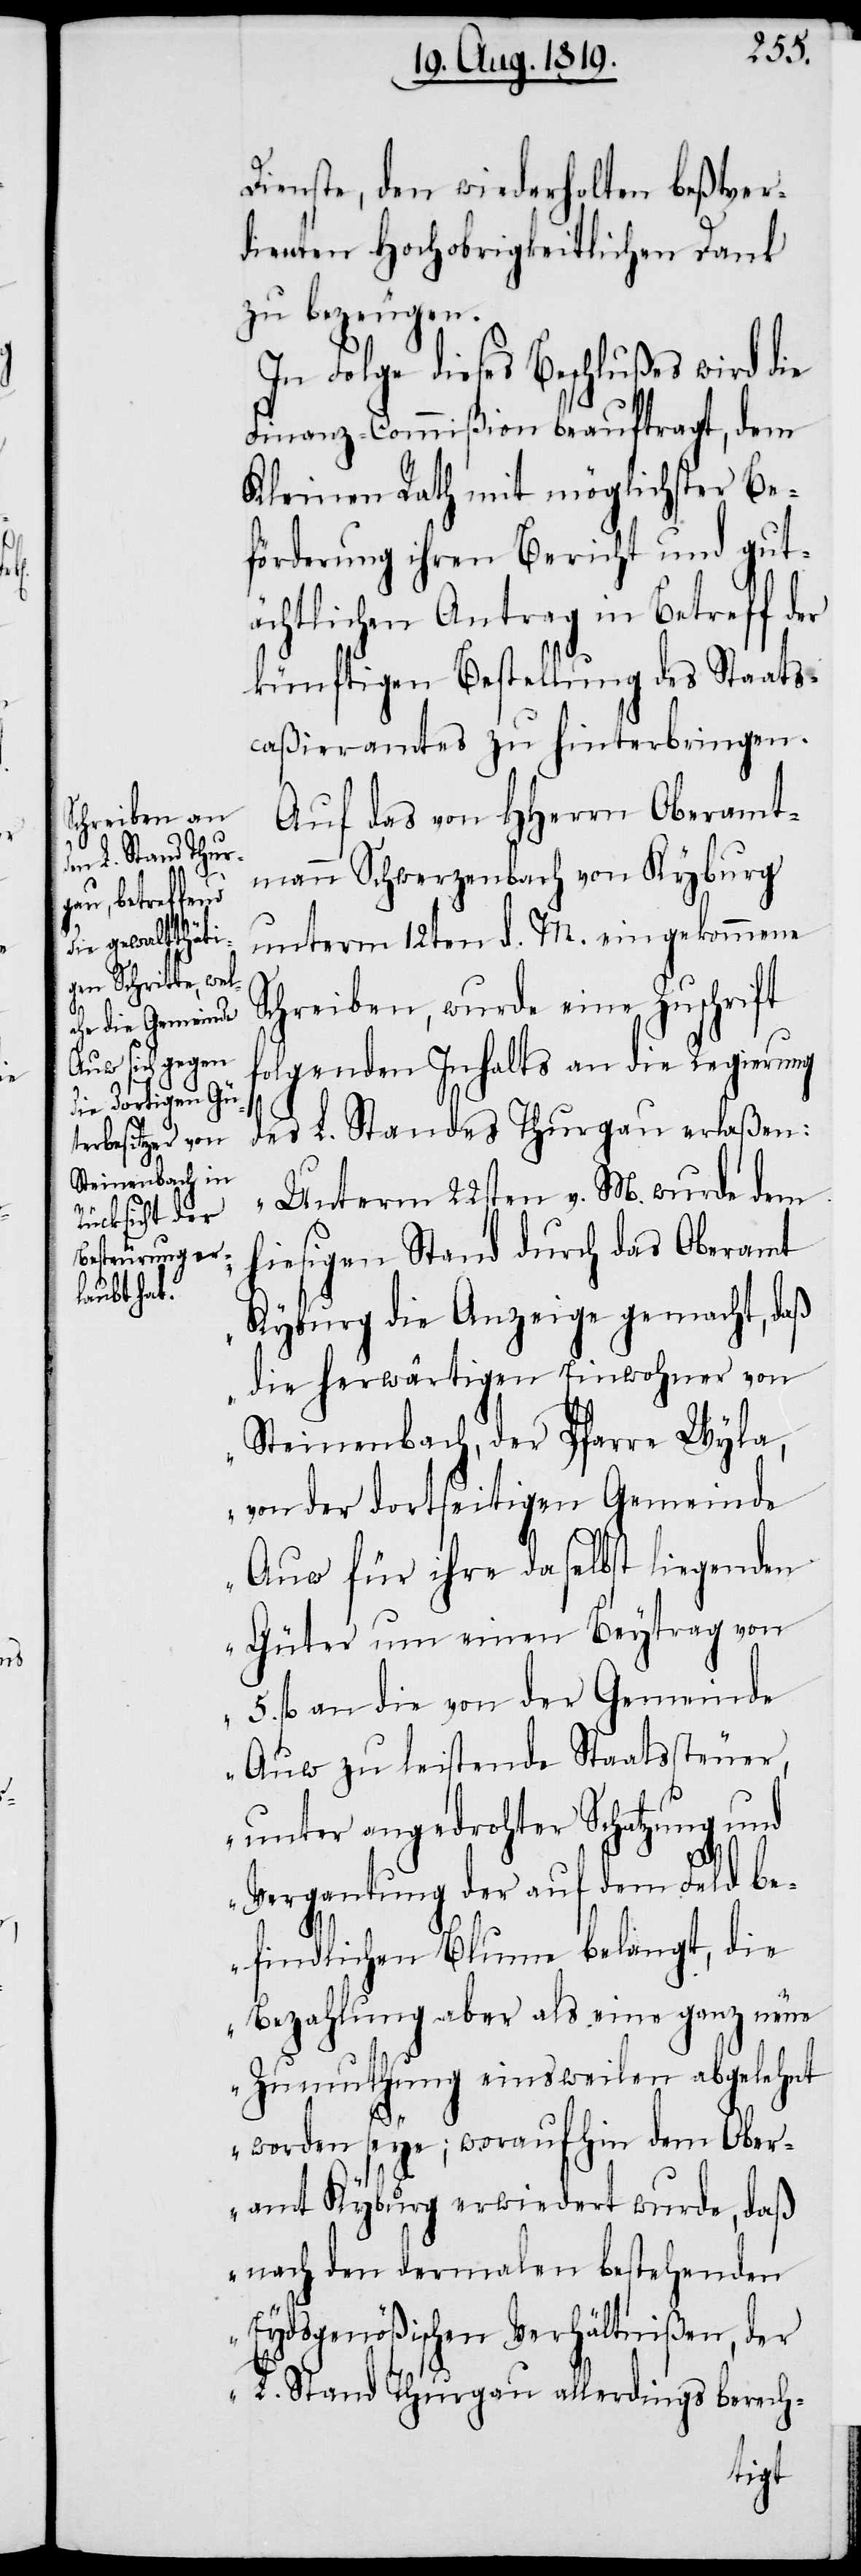
Dienste, den wiederholten beßtver¬
dienten Hochobrigkeitlichen Dank
zu bezeugen.
In Folge dieses Beschlußes wird die
Finanz-Commißion beauftragt, dem
Kleinen Rath mit möglichster Be¬
förderung ihren Bericht und gut¬
ächtlichen Antrag in Betreff der
künftigen Bestellung des Staats¬
caßieramtes zu hinterbringen.
Auf das von HHerrn Oberamt¬
mann Schwerzenbach von Kyburg
unterm 12ten d. M. eingekommene
Schreiben, wurde eine Zuschrift
folgenden Inhalts an die Regierung
des L. Standes Thurgau erlaßen:
„Unterm 22sten v. M. wurde dem
hiesigen Stand durch das Oberamt
Kyburg die Anzeige gemacht, daß
die herwärtigen Einwohner von
Steinenbach, der Pfarre Wyla,
von der dortseitigen Gemeinde
Auw für ihre daselbst liegenden
Güter um einen Beytrag von
5. fl. an die von der Gemeinde
Auw zu leistende Staatssteuer,
unter angedrohter Schatzung und
Vergantung der auf dem Feld b¬
efindlichen Blume belangt, die
Bezahlung aber als eine ganz neue
Zumuthung einsweilen abgelehnt
worden seye; woraufhin dem Ober¬
amt Kyburg erwiedert wurde, daß
nach den dermalen bestehenden
Eydsgenößischen Verhältnißen, der
L. Stand Thurgau allerdings berech-